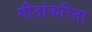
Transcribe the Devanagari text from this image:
गीतांकरिता